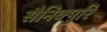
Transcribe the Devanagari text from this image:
सैनिक्पुरि